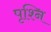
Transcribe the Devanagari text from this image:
पृश्नि